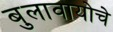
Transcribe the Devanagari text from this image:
बुलावायोचे